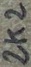
Text: 2K2